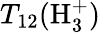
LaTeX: T_{12}(\mathrm{H}_{3}^{+})